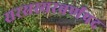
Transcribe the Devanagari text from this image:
सरसस्यरवर्णपद